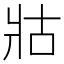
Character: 𭷃